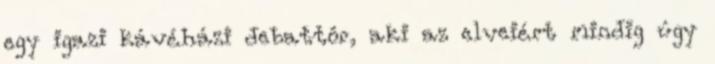
egy igazi kávéházi debattôr, aki az elveiért mindig úgy